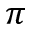
\pi